Document type: Sale
Year: 1354
Scribe: Bernat de Torre
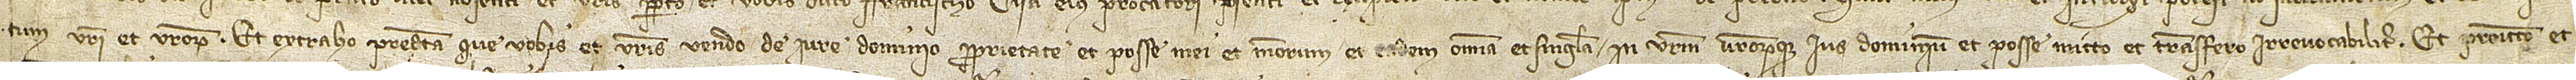
tum vestri et vestrorum. Et extraho predicta que vobis et vestris vendo de iure, dominio, proprietate et posse mei et meorum, et eadem omnia et singula in vestrum vestrorumque ius, dominium et posse mitto et transfero irrevocabiliter. Et promitto et